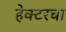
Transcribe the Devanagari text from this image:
हेक्टरचा